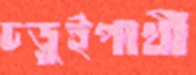
চড়ুইপাখী